Newspaper: Seattle daily post-intelligencer. [volume]
Place of publication: Seattle, W.T. [Wash.]
Publisher: [Post-Intelligencer Pub. Co.]
Date: 1885-08-15 00:00:00
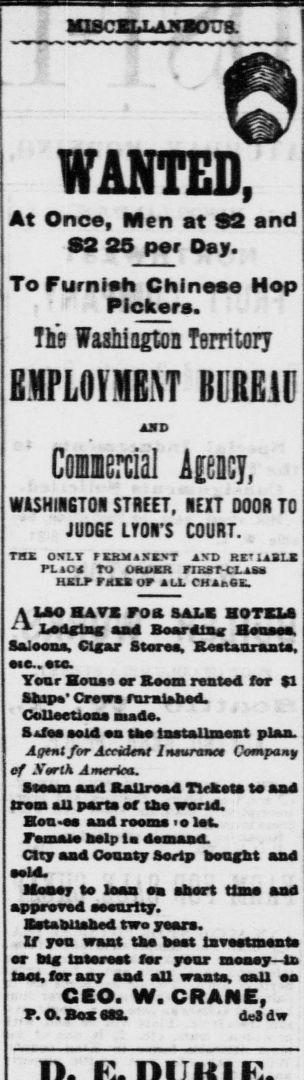
Advertisement text (OCR):
lOßcmjLACTora WANTED At Once, Men at 92 and S3 25 per Day. To Furnish Chinese Hop Pickers. The Waahiagtoa Territory BMPLOVMBM BIREID in Coiisrcial iieisj, WISHIRETON STREET, NEXT 000R TO JUOGE LYON S COURT. Tax ONLY (IRKIMVT I\D RE* IABLS PL tc« ru UKUKR riKST-CLABk HKLT rues OP ALL CHSttCK. HAVE rOK tAU HOTKU la loons. Clfar StarM, RmUuuu, 040..0 M. Your Housi or K*om rested for $1 Ships' Crews ruralsbed. Collections Made. S tfee sold en Ike Issttllisiwt plan. Agtnt for Aniient hfurxnet Company of StrlK America. Stum Md BsUwrt Thtott f aa4 from aU parts of the world. Bon-ee And rooms >e let. City and County Serlp boufbt and •eld. Mm to lean ea abort time aad approved security. BatabUahed two year*. If you want tbe beat Lnvsetments or Ms later set for your money—in tact, for aay aad all waata, oall aa CEO. W. CRANE, F. O. Box aSS. del dw
Label: illustrations